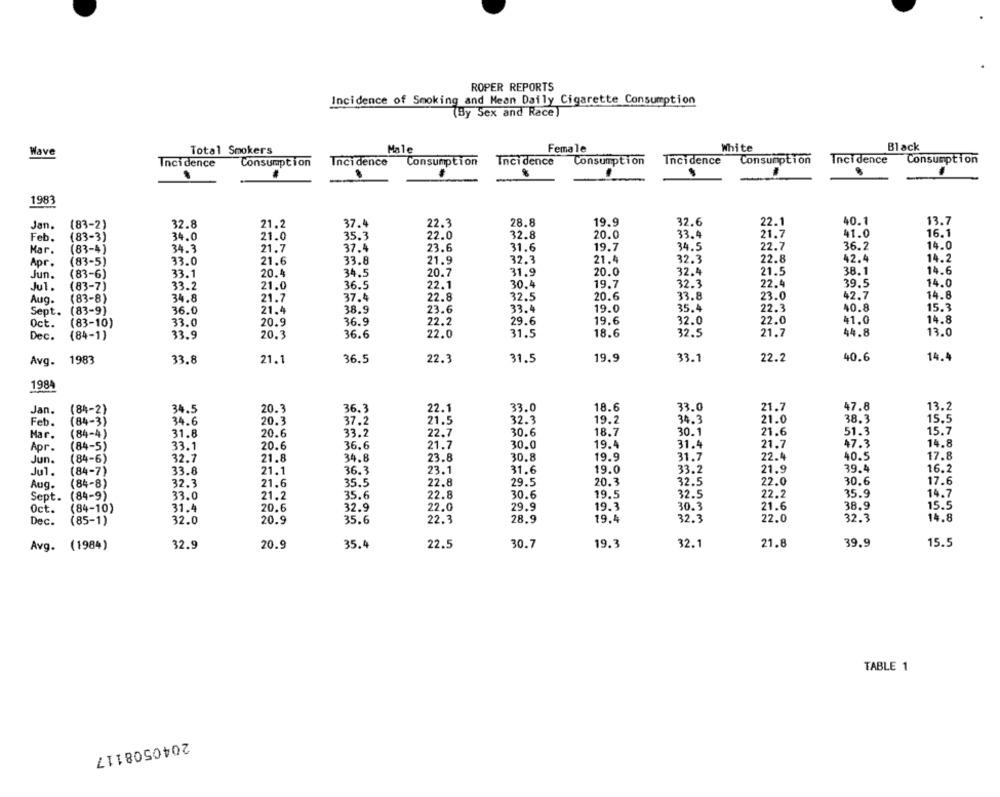
ROPER REPORTS
Incidence of Smoking and Mean Daily Cigarette Consumption
(By Sex and Race)
Total Smokers
Male
Female
White
Black
Wave
Incidence
Consumption
Incidence
Consumption
Incidence
Consumption
Incidence
Consumption
Incidence
Consumption
1983
32.8
21.2
37.4
22.3
28.8
19.9
32.6
22.1
40.1
13.7
Jan.
(83-2)
Feb.
(83-3)
34.0
21.0
35.3
22.0
32.8
20.0
33.4
21.7
41.0
16.1
21.7
37.4
23.6
31.6
19.7
34.5
22.7
36.2
14.0
Mar.
(83-4)
34.3
Apr.
(83-5)
33.0
21.6
33.8
21.9
32.3
21.4
32.3
22.8
42.4
14.2
31.9
20.0
32.4
21.
38.1
14.6
Jun.
(83-6)
33.1
20.4
34.5
20.7
Jul.
(83-7)
33.2
21.0
36.5
22.1
30.4
19.7
32.3
22.4
39.5
14.0
20.6
33.8
23.0
42.7
14.8
Aug.
(83-8)
34.8
21.7
37.4
22.8
32.5
Sept.
(83-9)
36.0
21.4
38.9
23.6
33.4
19.0
35.4
22.3
40.8
15.3
19.6
$1.0
14.8
Oct.
(83-10)
33.0
20.9
36.9
22.2
29.6
32.0
22.0
33.9
20.3
36.6
22.0
31.5
18.6
32.5
21.7
44.8
13.0
Dec.
(84-1)
1983
33.8
36.5
22.3
31.5
19.9
33.1
22.2
40.6
14.4
Avg.
21.1
1984
34.5
20.3
36.3
22.1
33.0
18.6
33.0
21.7
47.8
13.2
Jan.
(84-2)
Feb.
(84-3)
34.6
20.3
37.2
21.5
32.3
19.2
34.3
21.0
38.3
15.5
51.3
15.7
Mar.
(84-4)
31.8
20.6
33.2
22.7
30.6
18.7
30.1
21.6
(84-5)
33.1
20.6
36.6
21.7
30.0
19.4
31.4
21.7
47.3
14.8
Apr.
17.8
Jun.
(84-6)
32.7
21.8
34.8
23.8
30.8
19.9
31.7
22.4
40.5
(84-7)
33.8
21.1
36.3
23.1
31.6
19.0
33.2
21.9
39.4
16.2
Jul .
Aug.
(84-8)
32.3
21.6
35.5
22.8
29.5
20.3
32.5
22.0
30.6
17.6
33.0
21.2
35.6
22.8
30.6
19.5
32.5
22.2
35.9
14.7
Sept.
(84-9)
Oct.
(84-10)
31.4
20.6
32.9
22.0
29.9
19.3
30.3
21.6
38.9
15.5
28.9
32.3
22.0
32.3
14.8
Dec.
(85-1)
32.0
20.9
35.6
22.3
19.4
Avg. (1984)
32.9
20.9
35.4
22.5
30.7
19.3
32.1
21.8
39.9
15.5
TABLE 1
2040508117